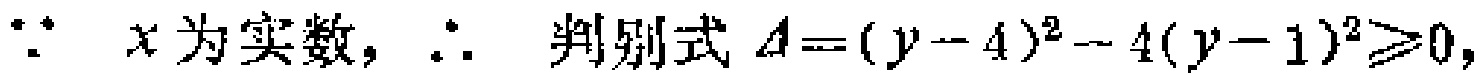
\(\because x\text{为实数，}\therefore\text{判别式} \Delta = (y - 4)^2 - 4(y - 1)^2\geqslant0\)